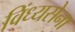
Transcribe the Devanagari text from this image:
विंध्यसेना